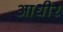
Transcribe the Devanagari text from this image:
आधीर